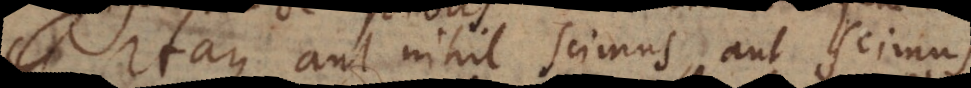
Itaque aut nihil scimus, aut scimus